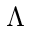
\Lambda